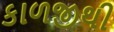
કાળજીથી